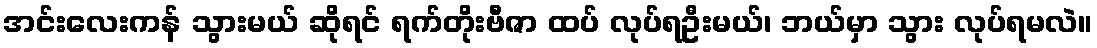
အင်းလေးကန် သွားမယ် ဆိုရင် ရက်တိုးဗီဇာ ထပ် လုပ်ရဦးမယ်၊ ဘယ်မှာ သွား လုပ်ရမလဲ။